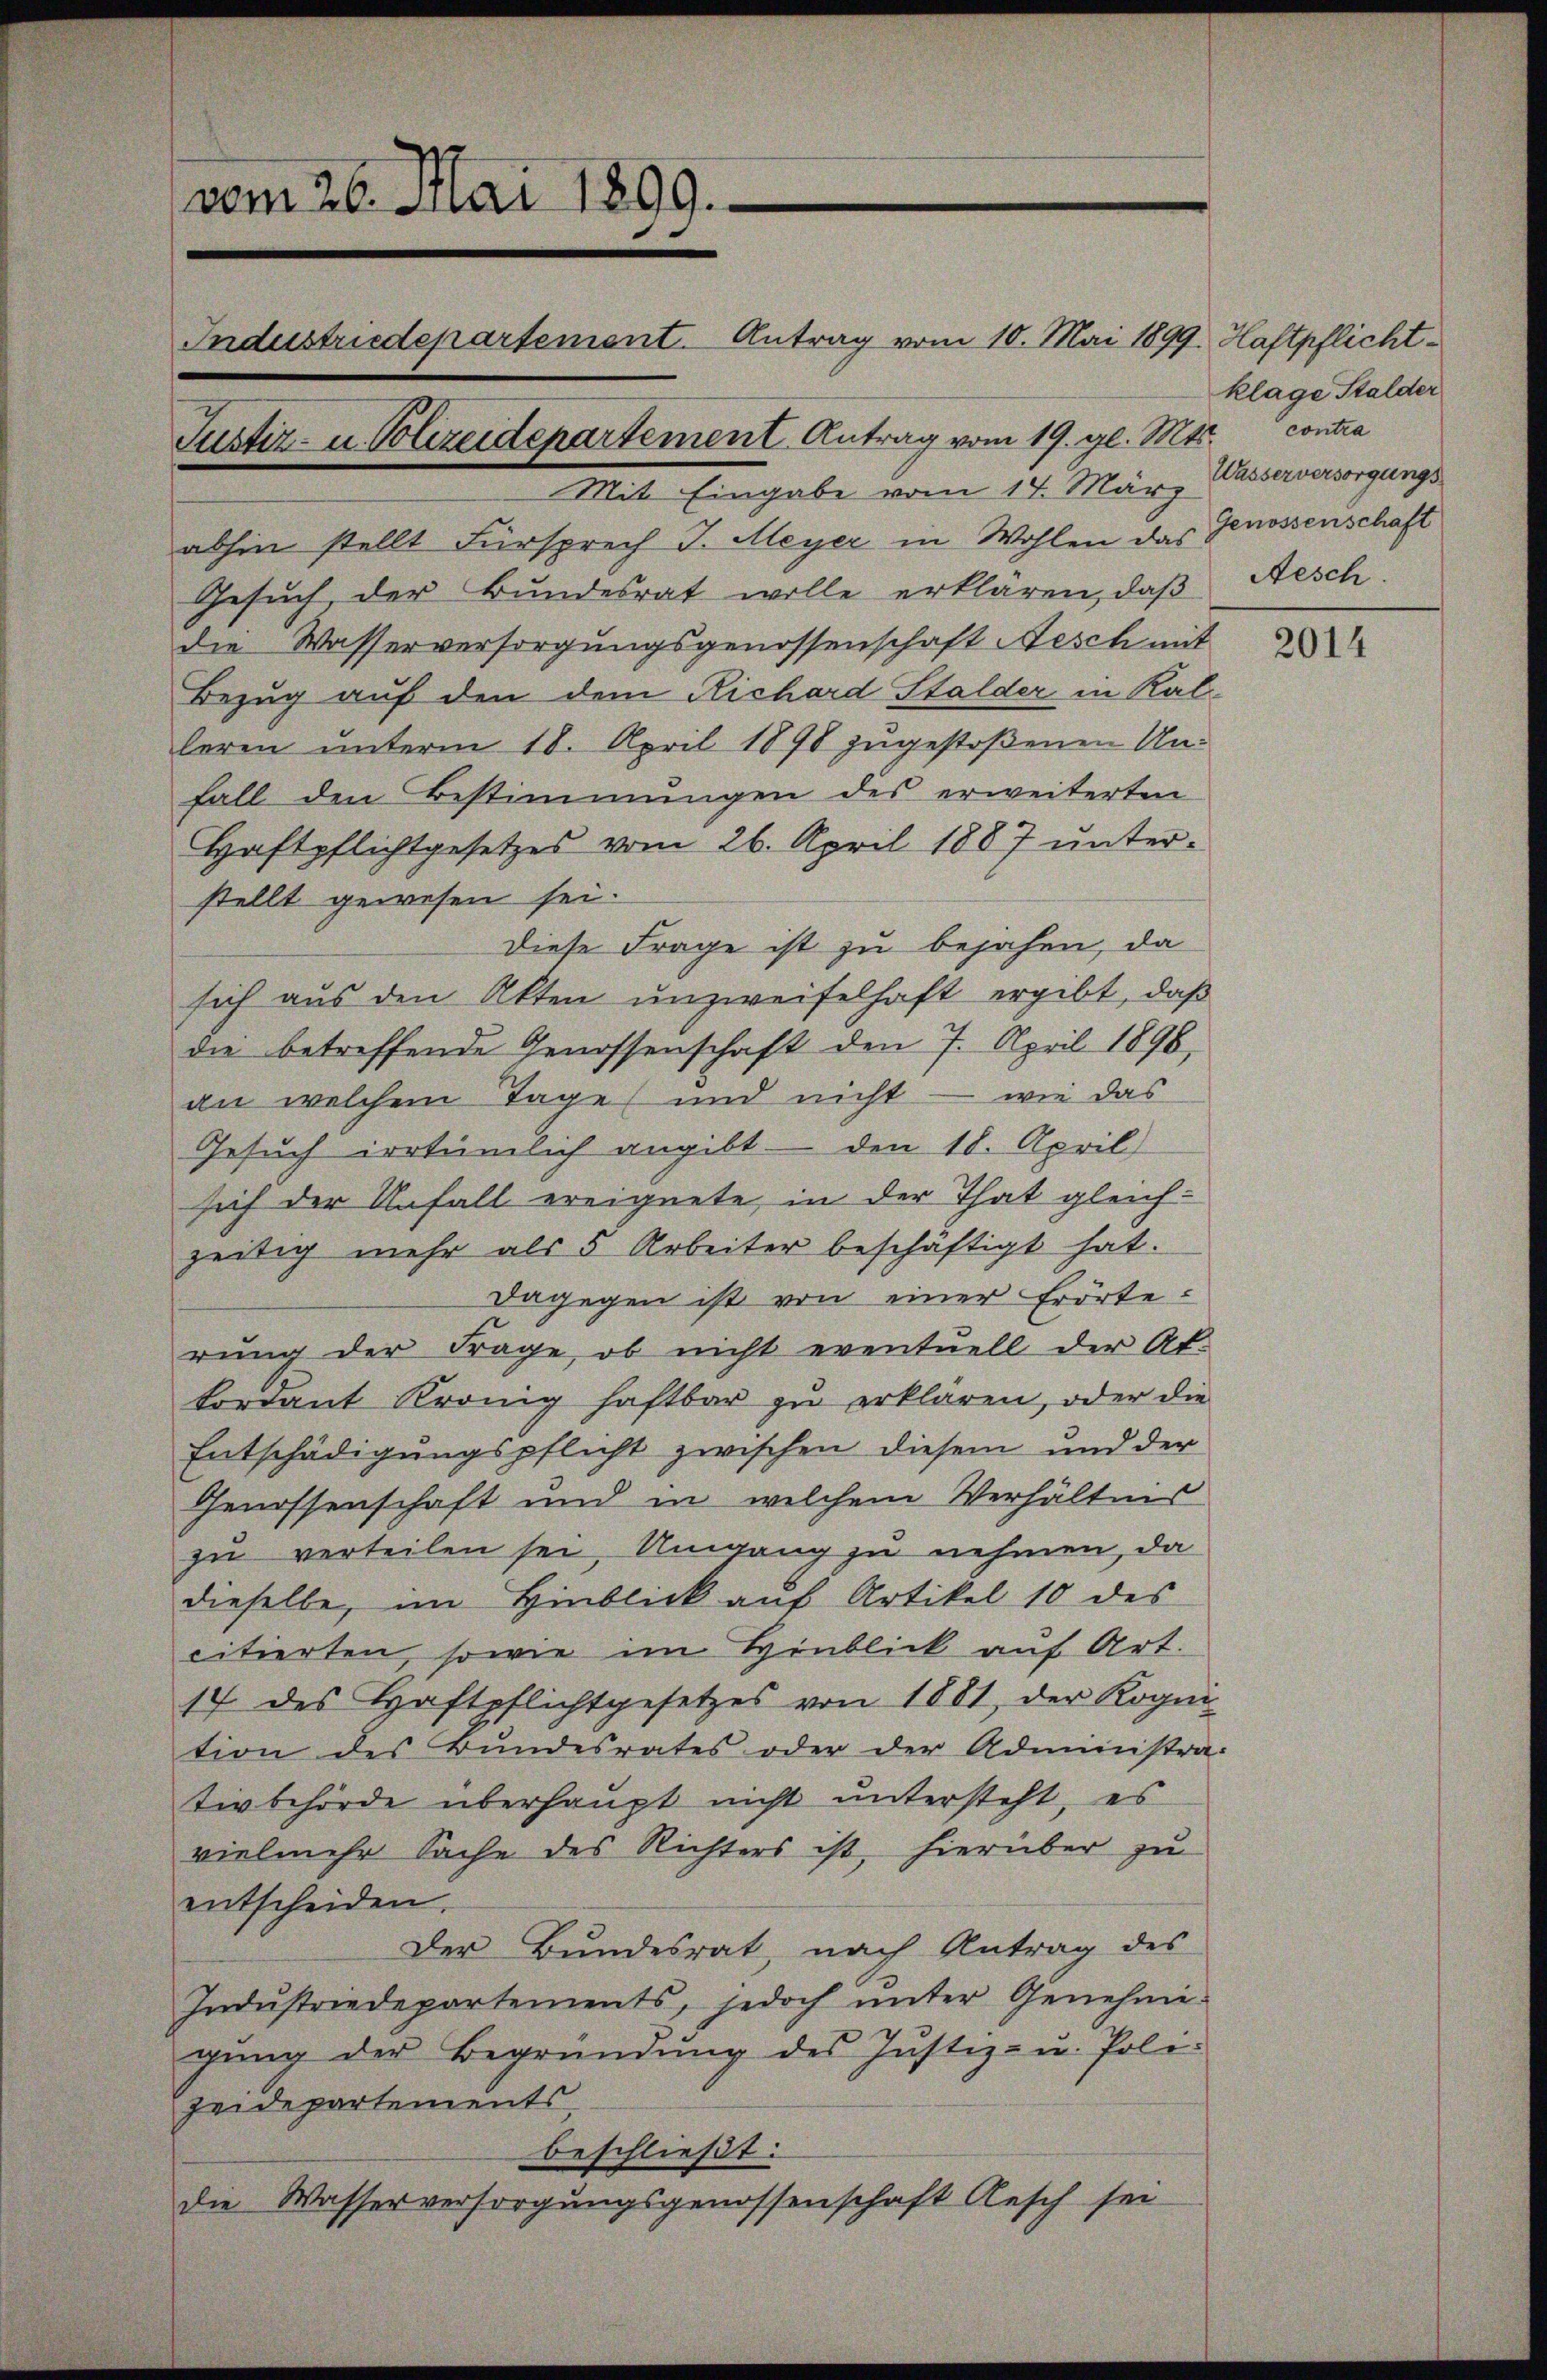
vom 26. Mai 1899.
Justiz- u. Polizeidepartement Antrag vom 19. gl. Mts. contra

Industriedepartement. Antrag vom 10. Mai 1899. Haftpflicht¬
Mit Eingabe vom 14. März
abhin stellt Fürsprech J. Meyer in Wohlen das Genossenschaft
Gesuch der Bundesrat wolle erklären, daß
die Wasserversorgungsgenossenschaft Nesch mit
Bezug auf den dem Richard Stalder in Kalleren unterm 18. April 1898 zugestoßenen Unfall den Bestimmungen des erweiterten
Haftpflichtgesetzes vom 26. April 1887 unterstellt gewesen sei.
Diese Frage ist zu bejahen, da
sich aus den Akten unzweifelhaft ergibt, daß
die betreffende Genossenschaft den 7. April 1898,
an welchem Tage und nicht — wie das
Gesuch irrtümlich angibt - den 18. April
sich der Unfall ereignete, in der That gleich-
zeitig mehr als 5 Arbeiter beschäftigt hat.
dagegen ist von einer Erörterung der Frage, ob nicht eventuell der Ab-
kordant Krönig haftbar zu erklären, oder die
Entschädigungspflicht zwischen diesem und der
Genossenschaft und in welchem Verhältnis
zu verteilen sei, Umgang zu nehmen, da
dieselbe, im Hinblick auf Artikel 10 des
citierten, sowie im Hinblick auf Art.
17 des Haftpflichtgesetzes von 1881, der Kogni
tion des Bundesrates oder der Administra-
tivbehörde überhaupt nicht untersteht, es
vielmehr Sache des Richters ist, hierüber zu
entscheiden.
Der Bundesrat, nach Antrag des
Indŭstriedepartements, jedoch ŭnter Genehmi-
gŭng der Begründŭng des Justiz- u. Poli-
zeidepartements,
beschließt:
die Wasserversorgungsgenossenschaft Aesch sei

klage Stalder
Wasserversorgungs
Aesch.

2014